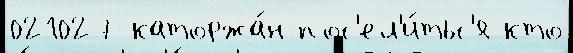
021027 каторжа́н пос'ел'и́тьс'я кто